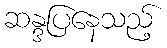
ဆန္ဒပြနေသည့်